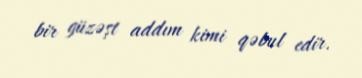
bir güzəşt addım kimi qəbul edir.